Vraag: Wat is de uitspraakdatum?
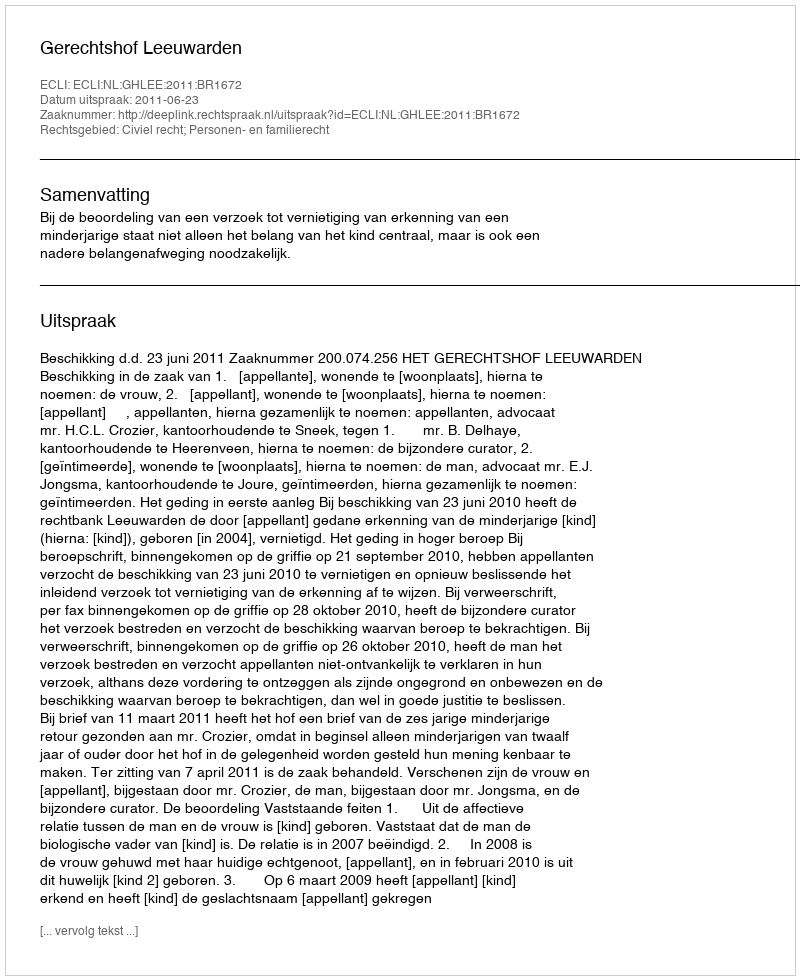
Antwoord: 2011-06-23